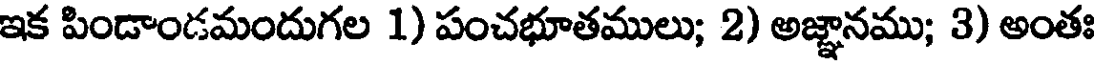
ఇక పిండాండమందుగల 1) పంచభూతములు; 2) అజ్ఞానము; 3) అంతః